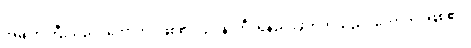
အမျက်ကြီးသည်။ ဟောတိ၊ ဖြစ်၏။ ဥပနာဟီ၊ ရန်ညိုးဖွဲတတ်သည်။ ဟောတိ၊ ဖြစ်၏။